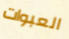
العبوات